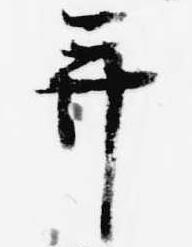
并